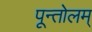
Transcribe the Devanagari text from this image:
पून्तोलम्